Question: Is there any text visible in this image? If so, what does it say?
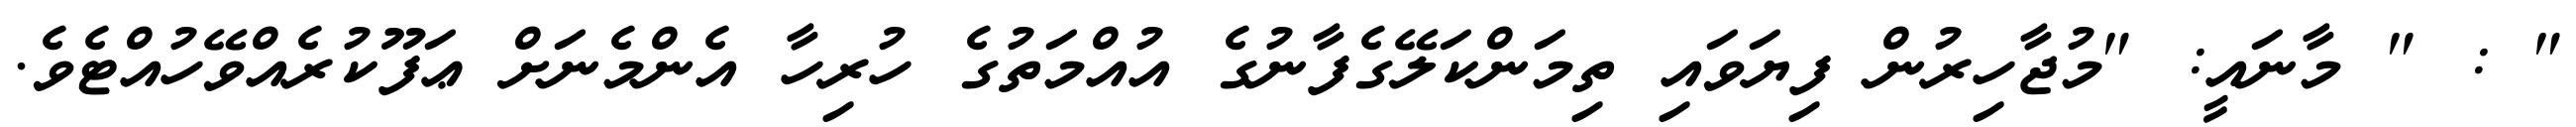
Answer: " : " މާނައީ: "މުޖާހިރުން ފިޔަވައި ތިމަންކަލޭގެފާނުގެ އުއްމަތުގެ ހުރިހާ އެންމެނަށް ޢަފޫކުރެއްވޭހުއްޓެވެ.